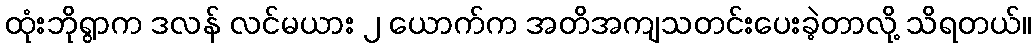
ထုံးဘိုရွာက ဒလန် လင်မယား ၂ ယောက်က အတိအကျသတင်းပေးခဲ့တာလို့ သိရတယ်။